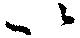
以